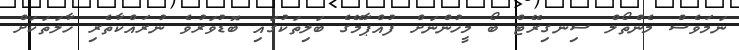
ނަމަވެސް މެންތޯލް ސިނގިރޭޓް ބޯ މީހުންނަށް ފުއްޕާމޭގެ ބަލިތަކުގައި ބޮޑުވަރުވެ ނުރައްކާތެރި ހާލަތަކަށް